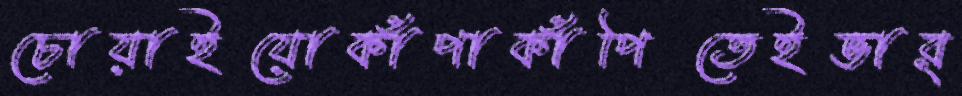
চোয়াইয়োকাঁপাকাঁপিতেইভার্